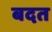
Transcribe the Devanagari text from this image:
बदत